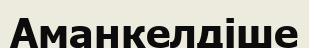
Аманкелдіше